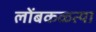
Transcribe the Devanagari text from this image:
लोंबकळत्या